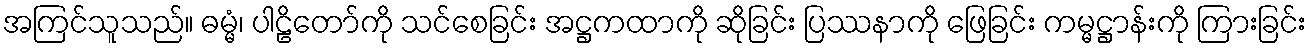
အကြင်သူသည်။ ဓမ္မံ၊ ပါဠိတော်ကို သင်စေခြင်း အဋ္ဌကထာကို ဆိုခြင်း ပြဿနာကို ဖြေခြင်း ကမ္မဋ္ဌာန်းကို ကြားခြင်း